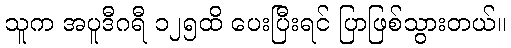
သူက အပူဒီဂရီ ၁၂၅ထိ ပေးပြီးရင် ပြာဖြစ်သွားတယ်။